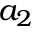
a _ { 2 }